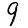
Digit: 9